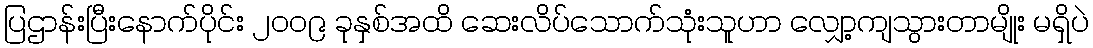
ပြဌာန်းပြီးနောက်ပိုင်း ၂၀၀၉ ခုနှစ်အထိ ဆေးလိပ်သောက်သုံးသူဟာ လျှော့ကျသွားတာမျိုး မရှိပဲ